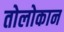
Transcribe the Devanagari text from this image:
तोलोकान